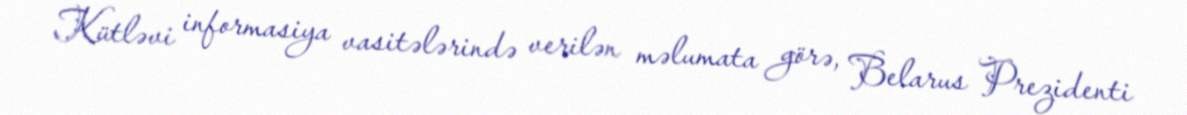
Kütləvi informasiya vasitələrində verilən məlumata görə, Belarus Prezidenti